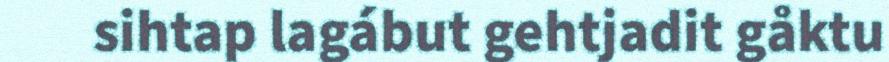
sihtap lagábut gehtjadit gåktu